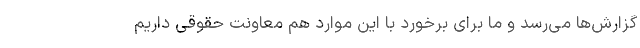
گزارش‌ها می‌رسد و ما برای برخورد با این موارد هم معاونت حقوقی داریم